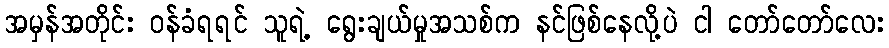
အမှန်အတိုင်း ဝန်ခံရရင် သူရဲ့ ရွေးချယ်မှုအသစ်က နင်ဖြစ်နေလို့ပဲ ငါ တော်တော်လေး